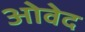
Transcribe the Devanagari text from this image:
ओवेद